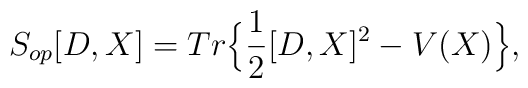
S_{op}[D,X]=Tr \Big\{ \frac{1}{2}[D,X]^2 - V(X)    \Big\},